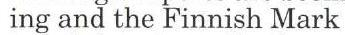
ing and the Finnish Mark